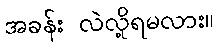
အခန်း လဲလို့ရမလား။